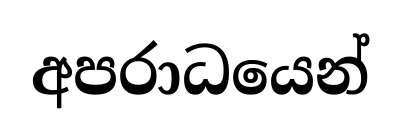
අපරාධයෙන්